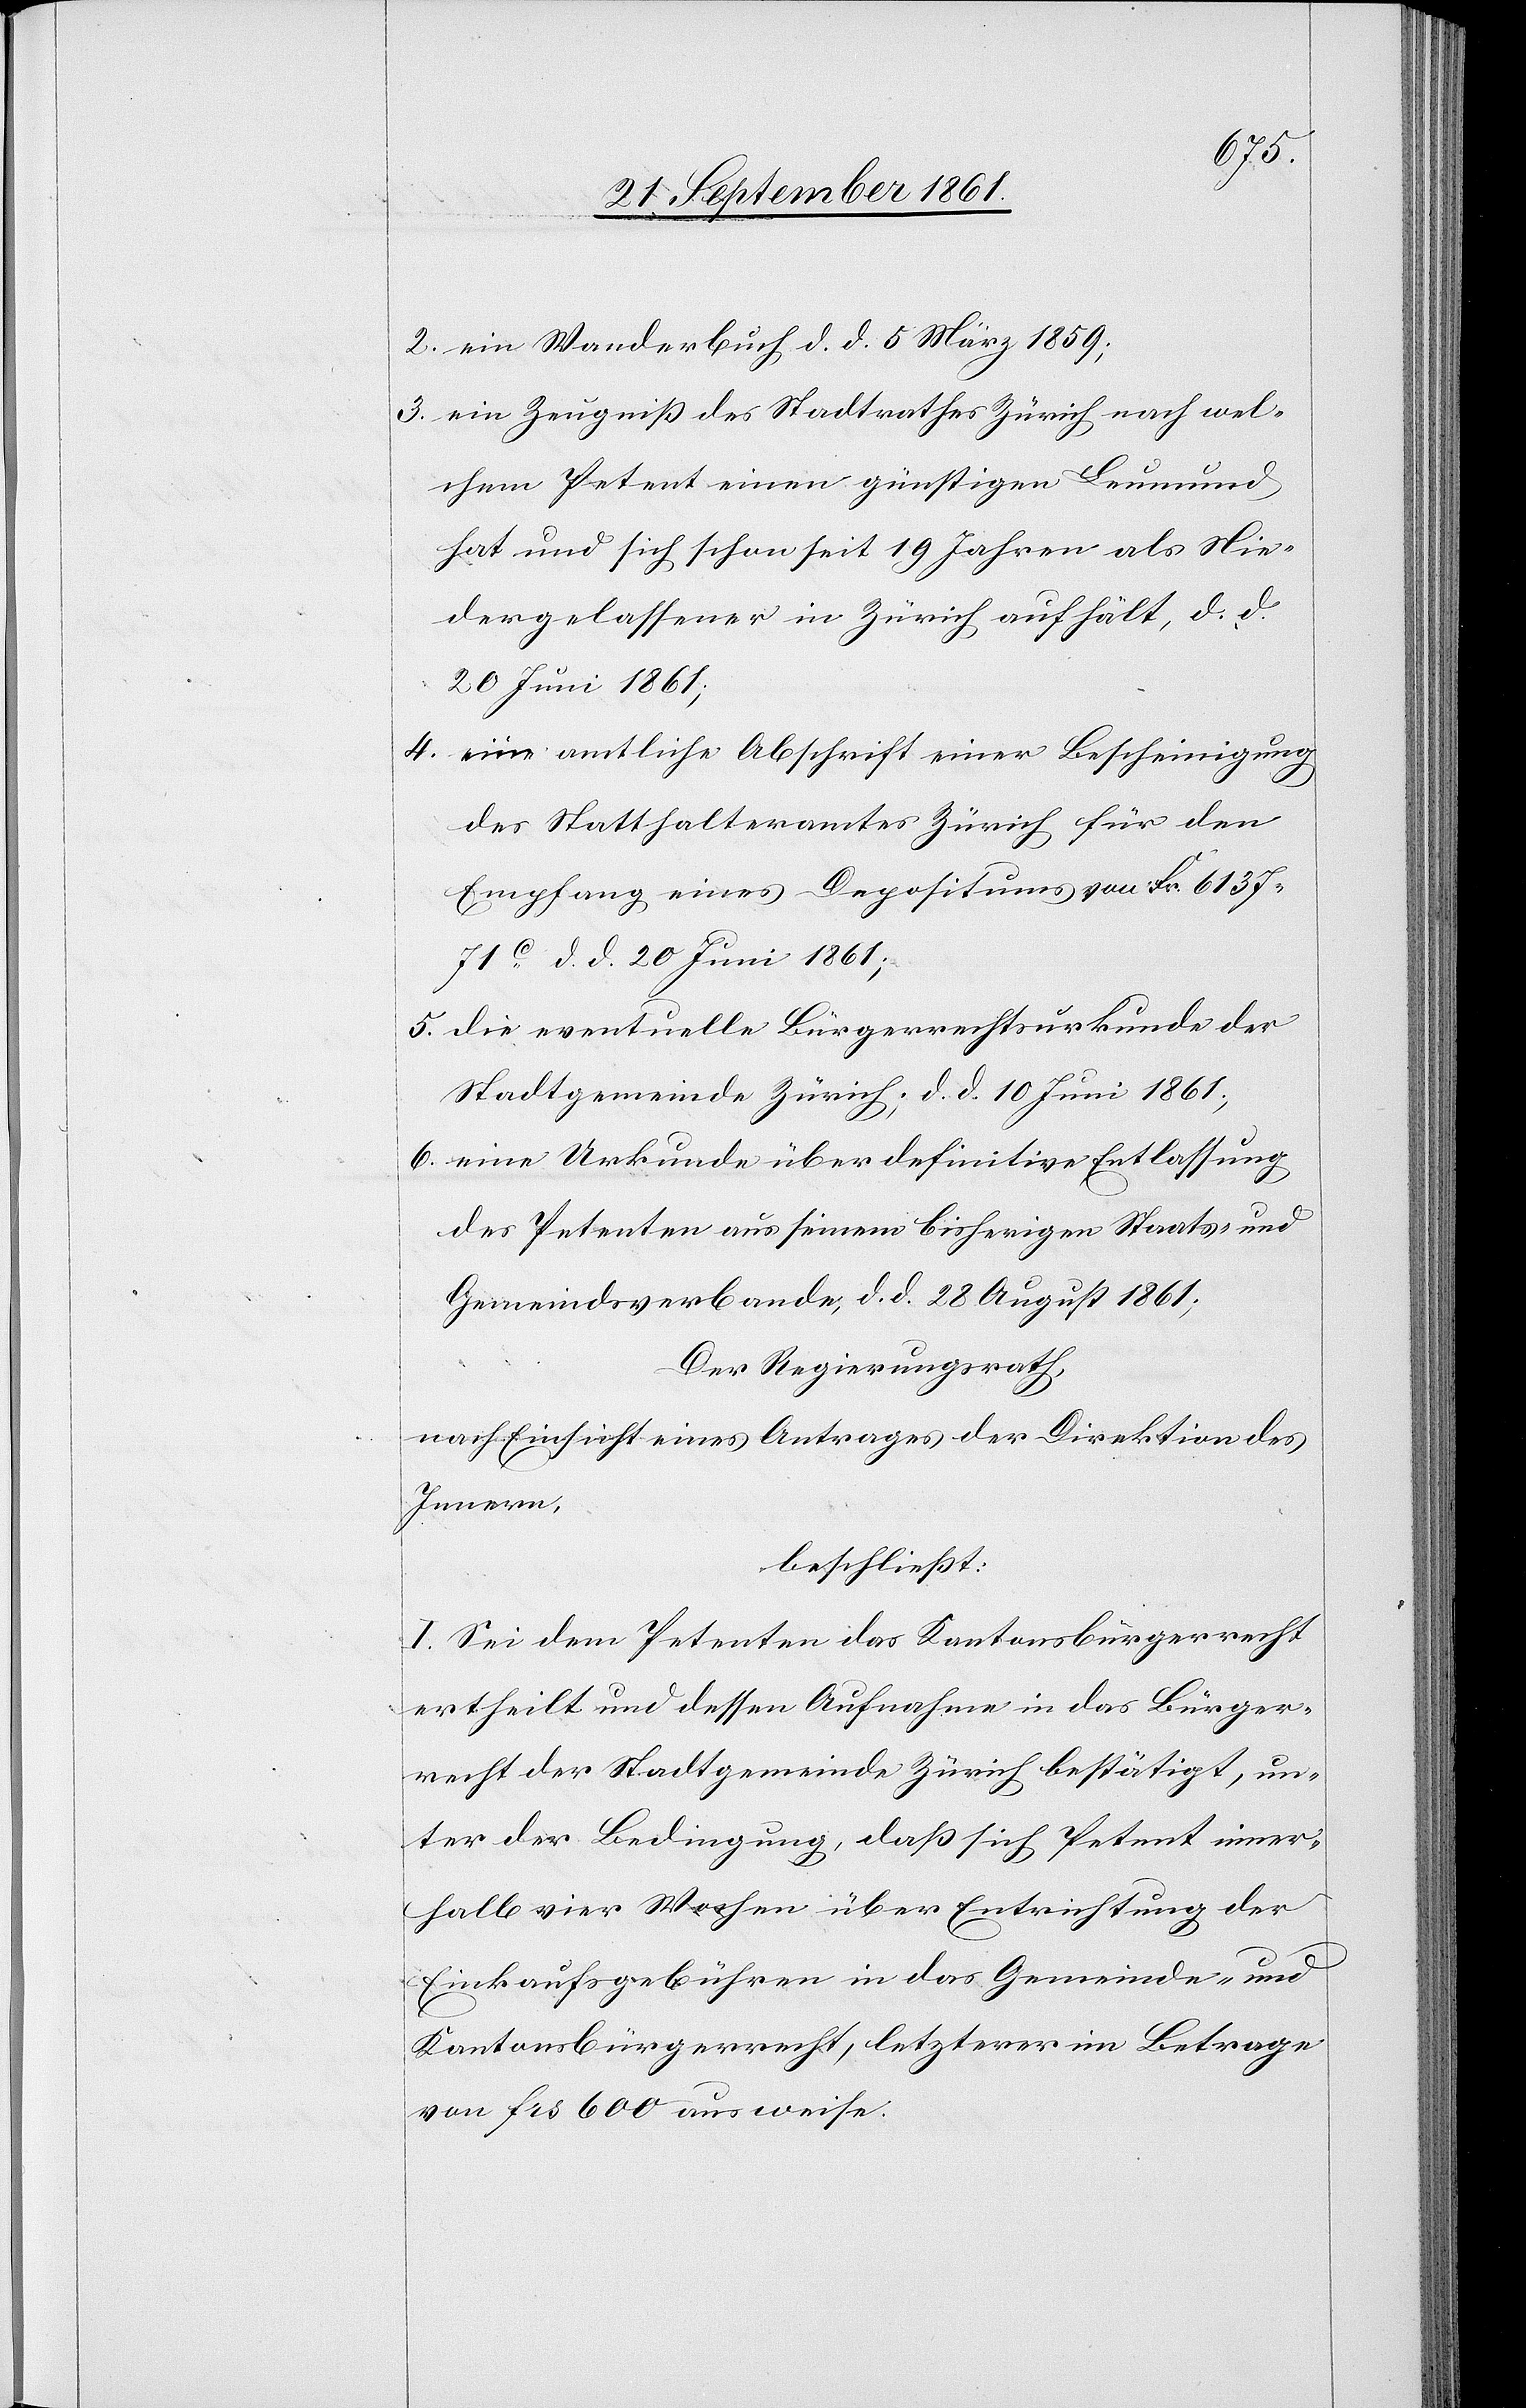
2. ein Wanderbuch, d. d. 5 März 1859;
3. ein Zeugniß des Stadtrathes Zürich nach wel¬
chem Petent einen günstigen Leumund
hat und sich schon seit 19 Jahren als Nie¬
dergelassener in Zürich aufhält, d. d.
20 Juni 1861;
4. eine amtliche Abschrift einer Bescheinigung
des Statthalteramtes Zürich für den
Empfang eines Depositums von Fr 6137.71c
d. d. 20 Juni 1861;
5. die eventuelle Bürgerrechtsurkunde der
Stadtgemeinde Zürich; d. d. 10 Juni 1861;
6. eine Urkunde über definitive Entlassung
des Petenten aus seinem bisherigen Staats- und
Gemeindeverbande, d. d. 28 August 1861;
Der Regierungsrath,
nach Einsicht eines Antrages der Direktion des
Innern,
beschließt:
I. Sei dem Petenten das Kantonsbürgerrecht
ertheilt und dessen Aufnahme in das Bürger¬
recht der Stadtgemeinde Zürich bestätigt, un¬
ter der Bedingung, daß sich Petent inner¬
halb vier Wochen über Entrichtung der
Einkaufsgebühren in das Gemeinde- und
Kantonsbürgerrecht, letzterer im Betrage
von frs 600 ausweise.